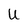
Character: U